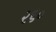
૨૬૦